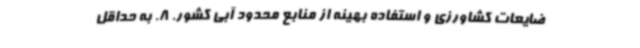
ضایعات کشاورزی و استفاده بهینه از منابع محدود آبی کشور. 8. به حداقل